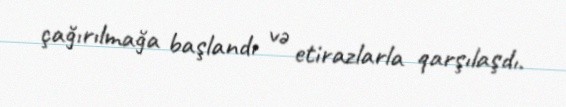
çağırılmağa başlandı və etirazlarla qarşılaşdı.